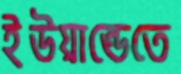
ইউয়ান্ডেতে